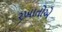
રખાતોએ